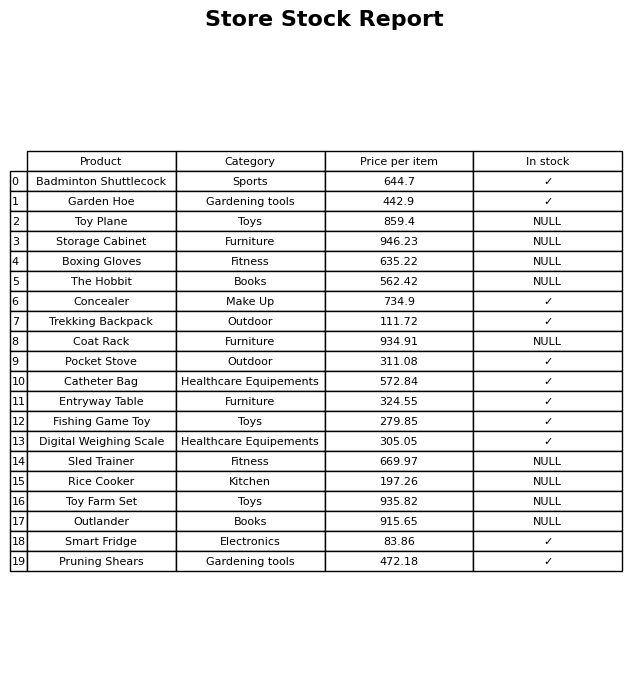
question: What is the stock status of the Outlander?
answer: NULL